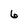
Character: 6